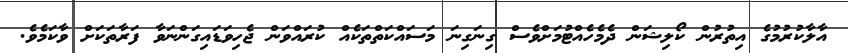
އާލާކުރުމުގެ އިތުރުން ކޯލިޝަން ދެމެހެއްޓުމަށްވެސް ގިނަގިނަ މަސައްކަތްތަކެއް ކުރައްވަން ޖެހިވަޑައިގަންނަވާ ފަރާތަކަށް ވާކަމެވެ.